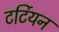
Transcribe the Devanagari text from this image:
टर्टियन